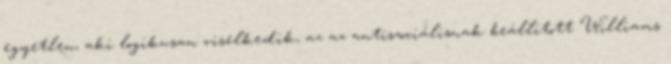
egyetlen, aki logikusan viselkedik, az az antiszociálisnak beállított Williams